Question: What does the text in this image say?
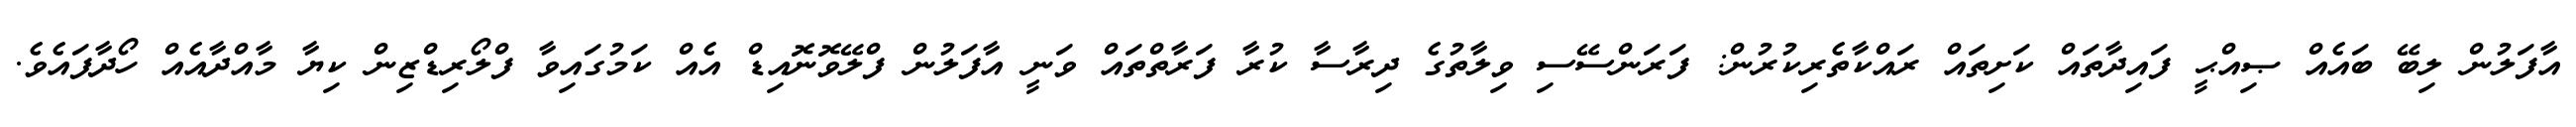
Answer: އާފަލުން ލިބޭ ބައެއް ޞިއްޙީ ފައިދާތައް ކަށިތައް ރައްކާތެރިކުރުން: ފަރަންސޭސި ވިލާތުގެ ދިރާސާ ކުރާ ފަރާތްތައް ވަނީ އާފަލުން ފްލޭވޮނޮއިޑް އެއް ކަމުގައިވާ ފްލޯރިޑްޒިން ކިޔާ މާއްދާއެއް ހޯދާފައެވެ.